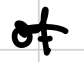
Text: of
Cross-out: single-line
Writing tool: digital_black